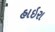
હાઇરા